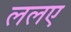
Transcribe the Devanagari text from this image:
ललए